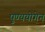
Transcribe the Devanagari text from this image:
पुण्ययोगेन